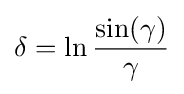
\delta =\ln {\frac {\sin(\gamma )}{\gamma }}